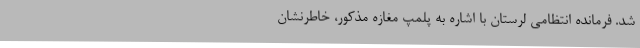
شد. فرمانده انتظامی لرستان با اشاره به پلمپ مغازه مذکور، خاطرنشان